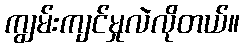
ကျွမ်းကျင်မှုလဲလိုတယ်။